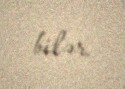
bilər.